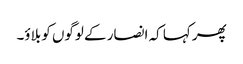
پھر کہا کہ انصار کے لوگوں کو بلاؤ۔